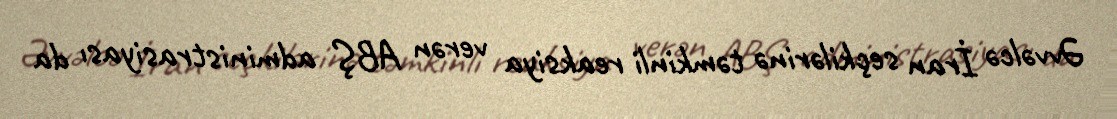
Əvvəlcə İran seçkilərinə təmkinli reaksiya verən ABŞ administrasiyası da